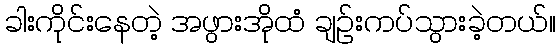
ခါးကိုင်းနေတဲ့ အဖွားအိုထံ ချဉ်းကပ်သွားခဲ့တယ်။